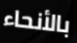
بالأنحاء